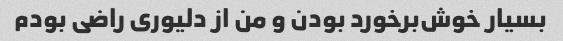
بسیار خوش‌برخورد بودن و من از دلیوری راضی بودم